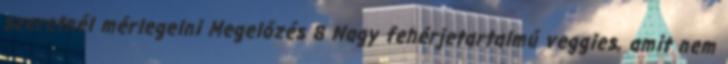
szeretnél mérlegelni Megelőzés 8 Nagy fehérjetartalmú veggies, amit nem